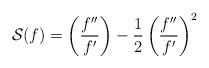
LaTeX: \begin{align*} \mathcal S(f) = \left (\frac{f''}{f'} \right) - \frac 12 \left(\frac{f''}{f'}\right)^2 \end{align*}